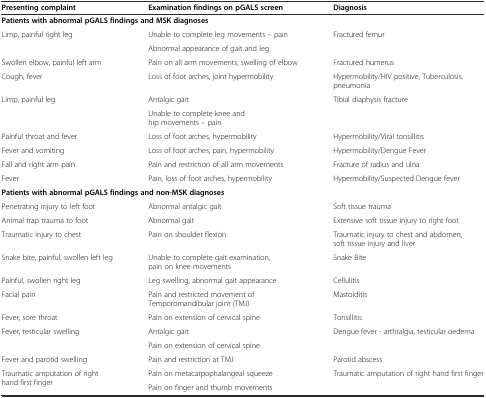
| Presenting complaint | Examination findings on pGALS screen | Diagnosis |
 | --- | --- | --- |
 | <COLSPAN=3> Patients with abnormal pGALS findings and MSK diagnoses |
 | <ROWSPAN=2> Limp, painful right leg | Unable to complete leg movements – pain | <ROWSPAN=2> Fractured femur |
 | Abnormal appearance of gait and leg |
 | Swollen elbow, painful left arm | Pain on all arm movements, swelling of elbow | Fractured humerus |
 | Cough, fever | Loss of foot arches, joint hypermobility | Hypermobility/HIV positive, Tuberculosis, pneumonia |
 | <ROWSPAN=2> Limp, painful leg | Antalgic gait | <ROWSPAN=2> Tibial diaphysis fracture |
 | Unable to complete knee and hip movements – pain |
 | Painful throat and fever | Loss of foot arches, hypermobility | Hypermobility/Viral tonsillitis |
 | Fever and vomiting | Loss of foot arches, pain, hypermobility | Hypermobility/Dengue Fever |
 | Fall and right arm pain | Pain and restriction of all arm movements | Fracture of radius and ulna |
 | Fever | Pain, loss of foot arches, hypermobility | Hypermobility/Suspected Dengue fever |
 | <COLSPAN=3> Patients with abnormal pGALS findings and non-MSK diagnoses |
 | Penetrating injury to left foot | Abnormal antalgic gait | Soft tissue trauma |
 | Animal trap trauma to foot | Abnormal gait | Extensive soft tissue injury to right foot |
 | Traumatic injury to chest | Pain on shoulder flexion | Traumatic injury to chest and abdomen, soft tissue injury and liver |
 | Snake bite, painful, swollen left leg | Unable to complete gait examination, pain on knee movements | Snake Bite |
 | Painful, swollen right leg | Leg swelling, abnormal gait appearance | Cellulitis |
 | Facial pain | Pain and restricted movement of Temporomandibular joint (TMJ) | Mastoiditis |
 | Fever, sore throat | Pain on extension of cervical spine | Tonsillitis |
 | <ROWSPAN=2> Fever, testicular swelling | Antalgic gait | <ROWSPAN=2> Dengue fever - arthralgia, testicular oedema |
 | Pain on extension of cervical spine |
 | Fever and parotid swelling | Pain and restriction at TMJ | Parotid abscess |
 | <ROWSPAN=2> Traumatic amputation of right hand first finger | Pain on metacarpophalangeal squeeze | <ROWSPAN=2> Traumatic amputation of right hand first finger |
 | Pain on finger and thumb movements |